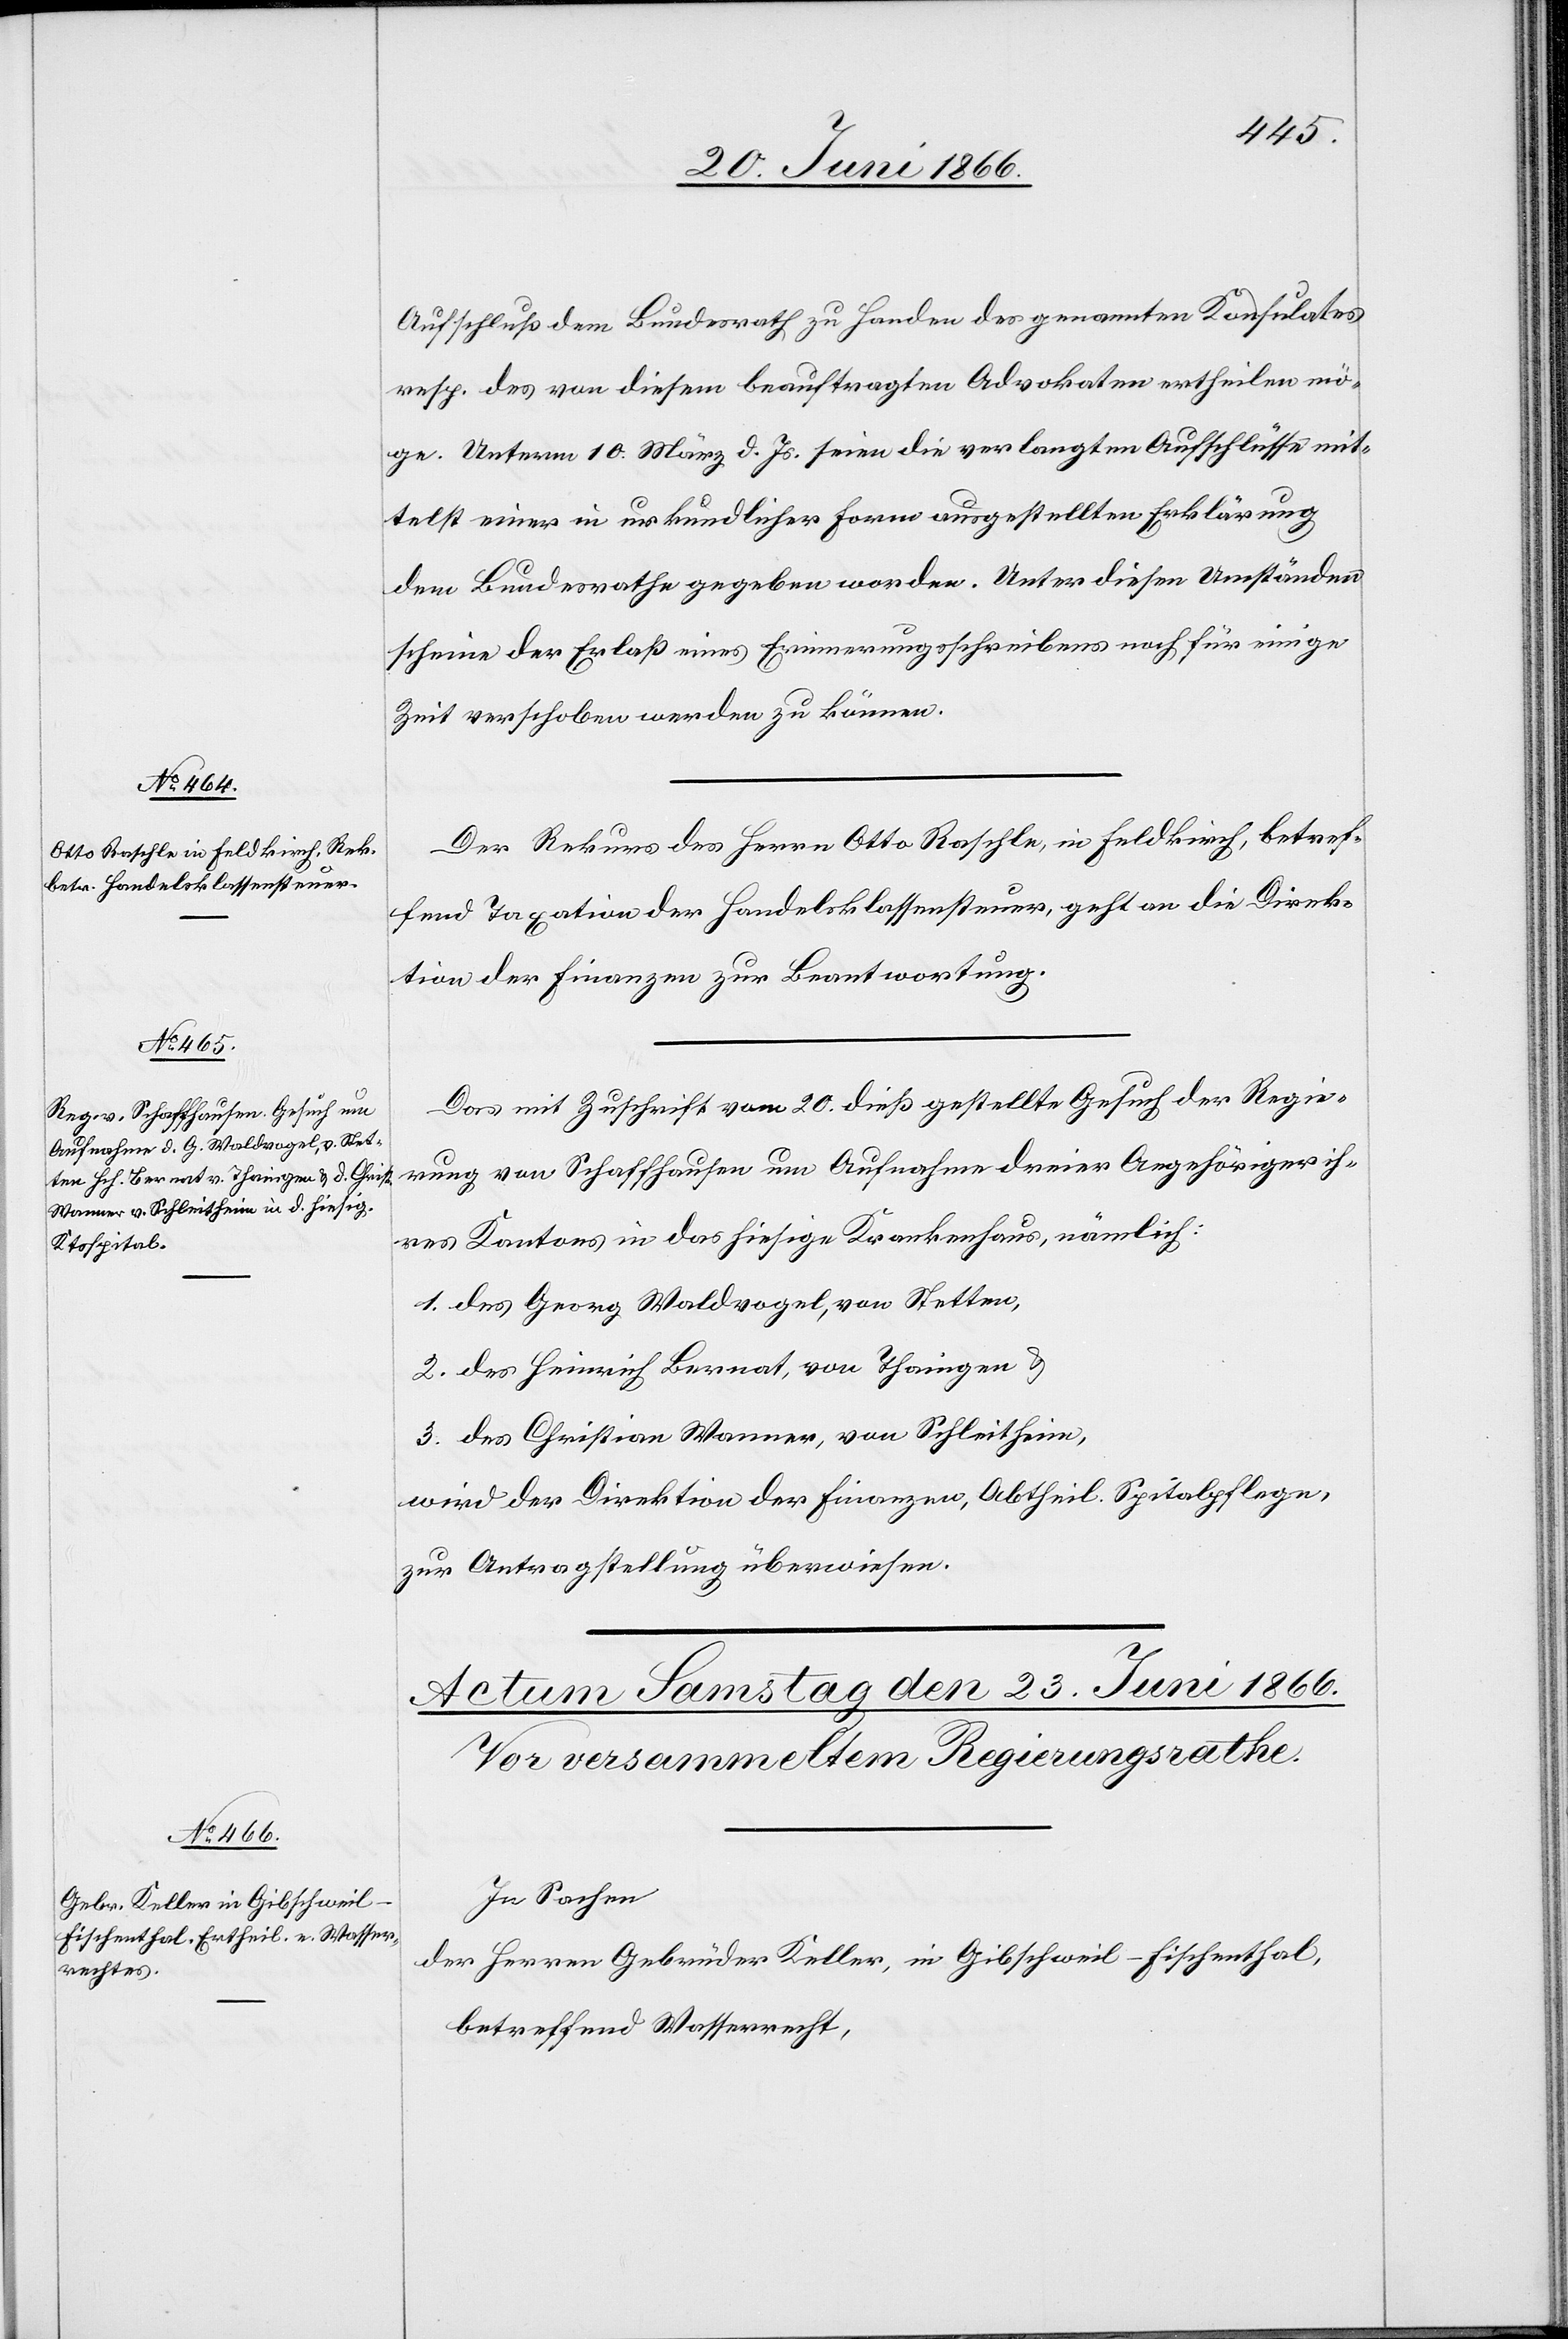
22. Juni 1866.]
Aufschluß dem Bundesrathe zu Handen des genannten Konsulates
resp. des von diesem beauftragten Advokaten ertheilen mö¬
ge. Unterm 10. März d. Js. seien die verlangten Aufschlüsse mit¬
telst einer in urkundlicher Form ausgestellten Erklärung
dem Bundesrathe gegeben worden. Unter diesen Umständen
scheine der Erlaß eines Erinnerungsschreibens noch für einige
Zeit verschoben werden zu können.
Der Rekurs des Herrn Otto Roschle, in Feldkirch, betref¬
fend Taxation der Handelsklassensteuer, geht an die Direk¬
tion der Finanzen zur Beantwortung.
Das mit Zuschrift vom 20. dieß gestellte Gesuch der Regie¬
rung von Schaffhausen um Aufnahme dreier Angehöriger ih¬
res Kantons in das hiesige Kantonsspital, nämlich:
1. des Georg Waldvogel, von Stetten,
2. des Heinrich Bernat, von Thaingen u.
3. des Christian Wanner, von Schleitheim,
wird der Direktion der Finanzen, Abtheil. Spitalpflege,
zur Antragstellung überwiesen.
In Sachen
der Herren Gebrüder Keller, in Gibschweil-Fischenthal,
betreffend Wasserrecht,